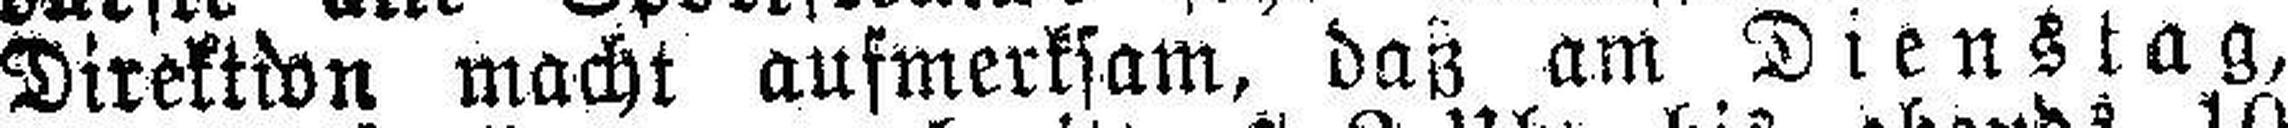
Direktion macht aufmerksam, dag am Dienstag,